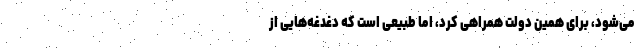
می‌شود، برای همین دولت همراهی کرد، اما طبیعی است که دغدغه‌هایی از